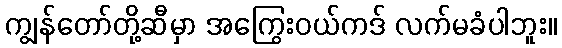
ကျွန်တော်တို့ဆီမှာ အကြွေးဝယ်ကဒ် လက်မခံပါဘူး။